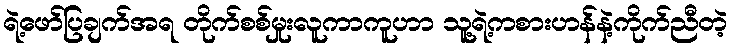
ရဲ့ဖော်ပြချက်အရ တိုက်စစ်မှုးလူကာကူဟာ သူ့ရဲ့ကစားဟန်နဲ့ကိုက်ညီတဲ့